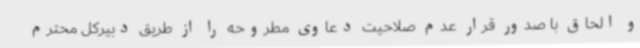
و الحاق با صدور قرار عدم صلاحیت دعاوی مطروحه را از طریق دبیرکل محترم